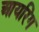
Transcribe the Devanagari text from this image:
आयरिंग